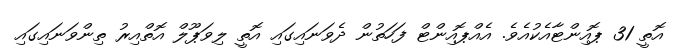
އޮތީ 31 ޕޮއިންޓާއެކުއެވެ. އެއްޕޮއިންޓް ފަހަތުން ދެވަނައިގައި އޮތީ ލިވަޕޫލް އޮތްއިރު ތިންވަނައިގައި